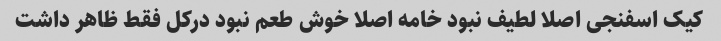
کیک اسفنجی اصلا لطیف نبود خامه اصلا خوش طعم نبود درکل فقط ظاهر داشت